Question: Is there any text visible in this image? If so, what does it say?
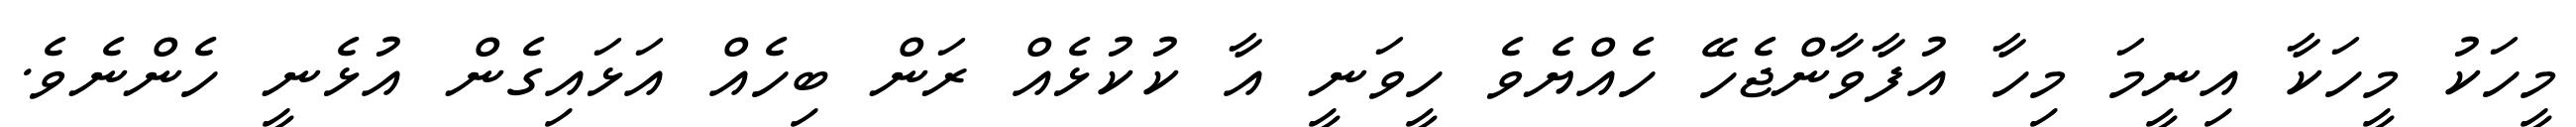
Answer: މީހަކު މީހަކާ އިނީމަ މިހާ އުފާވާންޖެހޭ ހެއްޔެވެ ހީވަނީ އާ ކުކުޅެއް ރަން ބިހެއް އަޅައިގެން އުޅެނީ ހެންނެވެ.